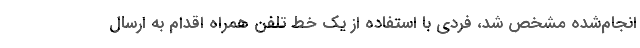
انجام‌شده مشخص شد، فردی با استفاده از یک خط تلفن همراه اقدام به ارسال